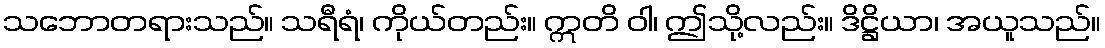
သဘောတရားသည်။ သရီရံ၊ ကိုယ်တည်း။ ဣတိ ဝါ၊ ဤသို့လည်း။ ဒိဋ္ဌိယာ၊ အယူသည်။